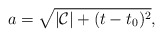
\begin{align*}a = \sqrt{|\mathcal{C}|+(t-t_0)^2},\end{align*}